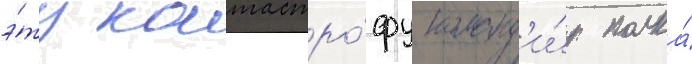
э́ту катастро́фу команд'и́р полка́